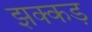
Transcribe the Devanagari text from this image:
झक्कड़